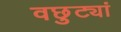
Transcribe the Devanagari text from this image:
वछुट्यां